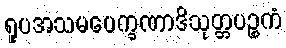
ရူပအသမပေက္ခဏာဒိသုတ္တပဉ္စကံ